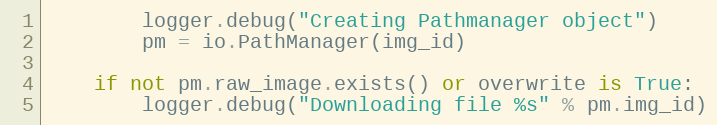
Language: Python
        logger.debug("Creating Pathmanager object")
        pm = io.PathManager(img_id)

    if not pm.raw_image.exists() or overwrite is True:
        logger.debug("Downloading file %s" % pm.img_id)